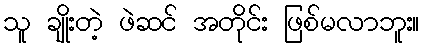
သူ ချိုးတဲ့ ဖဲဆင် အတိုင်း ဖြစ်မလာဘူး။